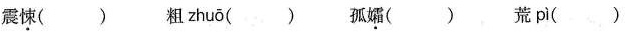
震\underset{·}{悚}() 粗 zhuō () 孤\underset{·}{孀}() 荒 pì ()